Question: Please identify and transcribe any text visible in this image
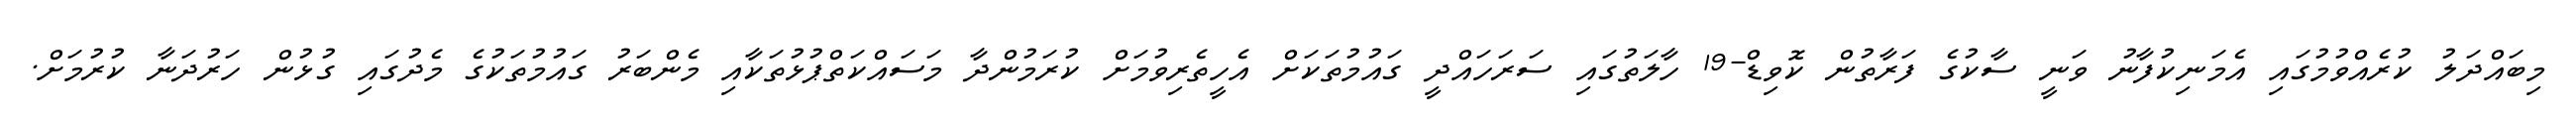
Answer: މިބައްދަލު ކުރެއްވުމުގައި އެމަނިކުފާނު ވަނީ ސާކުގެ ފަރާތުން ކޮވިޑް-19 ހާލަތުގައި ސަރަހައްދީ ގައުމުތަކަށް އެހީތެރިވުމަށް ކުރަމުންދާ މަސައްކަތްޕުޅުތަކާއި މެންބަރު ގައުމުތަކުގެ މެދުގައި ގުޅުން ހަރުދަނާ ކުރުމަށް.